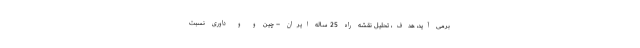
برمی آید، هدف، تحلیلِ نقشه راه 25 ساله ایران – چین و و داوری نسبت